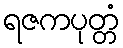
ရဇကပုတ္တံ